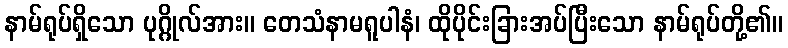
နာမ်ရုပ်ရှိသော ပုဂ္ဂိုလ်အား။ တေသံနာမရူပါနံ၊ ထိုပိုင်းခြားအပ်ပြီးသော နာမ်ရုပ်တို့၏။